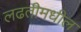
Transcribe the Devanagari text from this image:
लढतीमधील